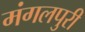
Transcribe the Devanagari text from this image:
मंगलपुरी